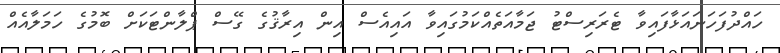
ހައްދުފަހަނައަޅާފައިވާ ޓެރަރިސްޓު ޖަމާއަތެއްކަމުގައިވާ އައިއެސް އިން އިރާޤުގެ ގޭސް ޕްލާންޓަކަށް ބޮމުގެ ހަމަލާއެއް